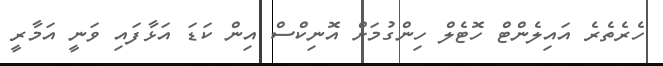
ހެރެތެރެ އައިލެންޓް ހޮޓެލް ހިންގުމަށް އޮނިކްސް އިން ކަޑަ އަޅާފައި ވަނީ އަމާރީ